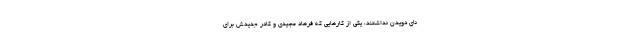
نای دویدن نداشتند، یکی از کارهایی که فرهاد مجیدی و کادر جدیدش برای